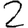
Digit: 2